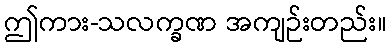
ဤကား-သလက္ခဏ အကျဉ်းတည်း။